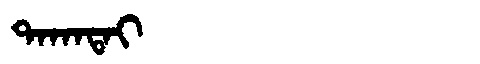
Manchu: ᡨᠠᡴᠠᡨᠠᡳ
Romanization: TAKATAI